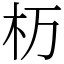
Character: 杤